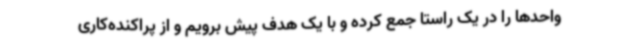
واحدها را در یک راستا جمع کرده و با یک هدف پیش برویم و از پراکنده‌کاری